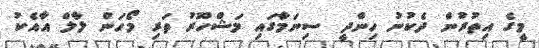
މީގެ އިތުރުން ދެކުނު ހިންދީ ސިނަމާގައި މަޝްހޫރު ތަރި މޯހަން ލާލް އާއެކު